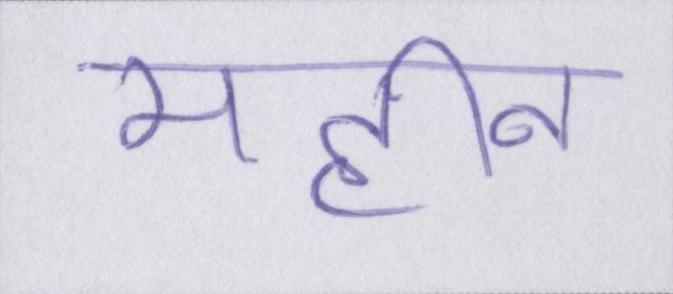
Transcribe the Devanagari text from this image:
महीन